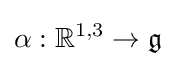
\alpha :\mathbb {R} ^{1,3}\rightarrow {\mathfrak {g}}